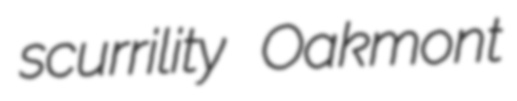
scurrility Oakmont